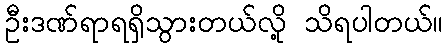
ဦးဒဏ်ရာရရှိသွားတယ်လို့ သိရပါတယ်။